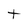
Character: t